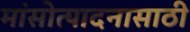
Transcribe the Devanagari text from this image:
मांसोत्पादनासाठी